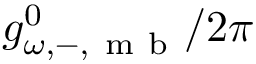
g _ { \omega , - , \mathrm { ~ m ~ b ~ } } ^ { 0 } / 2 \pi